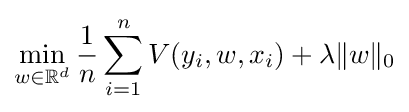
\min _{w\in \mathbb {R} ^{d}}{\frac {1}{n}}\sum _{i=1}^{n}V(y_{i},w,x_{i})+\lambda \|w\|_{0}